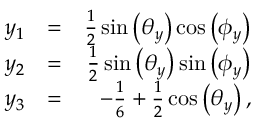
\begin{array} { r l r } { y _ { 1 } } & { = } & { \frac { 1 } { 2 } \sin \left( \theta _ { y } \right) \cos \left( \phi _ { y } \right) } \\ { y _ { 2 } } & { = } & { \frac { 1 } { 2 } \sin \left( \theta _ { y } \right) \sin \left( \phi _ { y } \right) } \\ { y _ { 3 } } & { = } & { - \frac { 1 } { 6 } + \frac { 1 } { 2 } \cos \left( \theta _ { y } \right) , } \end{array}